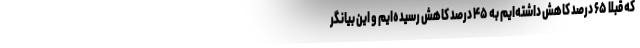
که قبلاً ۶۵ درصد کاهش داشته‌ایم به ۴۵ درصد کاهش رسیده‌ایم و این بیانگر